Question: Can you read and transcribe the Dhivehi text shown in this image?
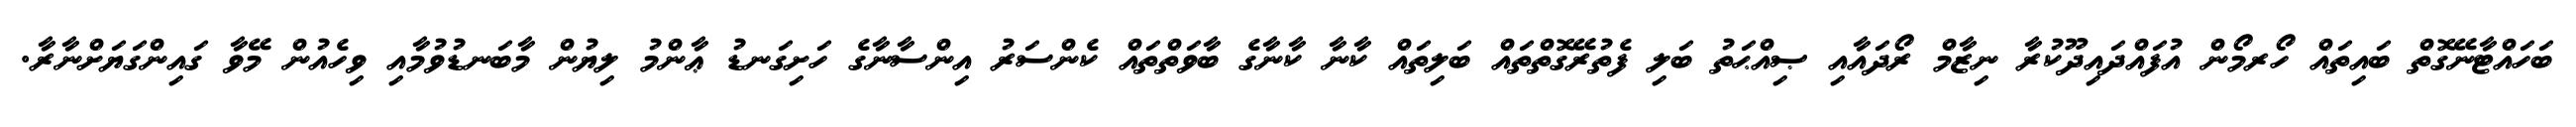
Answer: ބަހައްޓާނޭގޮތް ބައިތައް ހޯރމޯން އުފައްދައިދޫކުރާ ނިޒާމް ރޯދައާއި ޞިއްޙަތު ބަލި ފެތުރޭގޮތްތައް ބަލިތައް ކާނާ ކާނާގެ ބާވަތްތައް ކެންސަރު އިންސާނާގެ ހަށިގަނޑު ޢާންމު ލިޔުން މާބަނޑުވުމާއި ވިހެއުން މޭވާ ގައިންގަޔަށްނާރާ.